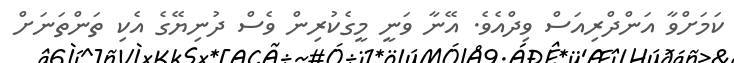
ކަމަށްވާ އަންދްރިއަސް ވިދްއެވެ. އޭނާ ވަނީ މީގެކުރިން ވެސް ދުނިޔޭގެ އެކި ތަންތަނަށް